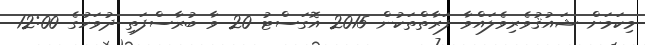
މިކަމަށް ޝައުޤުވެރިވެލައްވާ ފަރާތްތަކުން 2015 އޮގަސްޓު 20 ވާ ބުރާސްފަތި ދުވަހުގެ 12:00